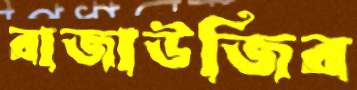
রাজাউজির